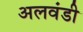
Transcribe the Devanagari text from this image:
अलवंडी